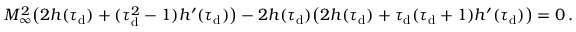
\begin{array} { r } { M _ { \infty } ^ { 2 } \big ( 2 h ( \tau _ { \mathrm { d } } ) + ( \tau _ { \mathrm { d } } ^ { 2 } - 1 ) h ^ { \prime } ( \tau _ { \mathrm { d } } ) \big ) - 2 h ( \tau _ { \mathrm { d } } ) \big ( 2 h ( \tau _ { \mathrm { d } } ) + \tau _ { \mathrm { d } } ( \tau _ { \mathrm { d } } + 1 ) h ^ { \prime } ( \tau _ { \mathrm { d } } ) \big ) = 0 \, . } \end{array}